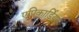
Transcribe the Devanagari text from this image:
एपिकार्डियम